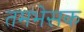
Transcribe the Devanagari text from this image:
तमभेसक